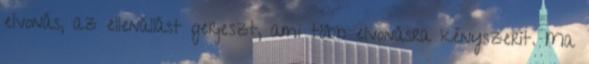
elvonás, az ellenállást gerjeszt, ami több elvonásra kényszerít. Ma